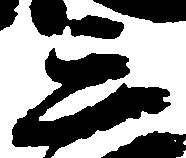
三